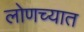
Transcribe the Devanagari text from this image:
लोणच्यात